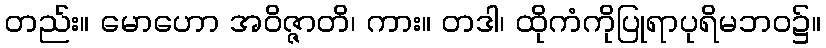
တည်း။ မောဟော အဝိဇ္ဇာတိ၊ ကား။ တဒါ၊ ထိုကံကိုပြုရာပုရိမဘဝ၌။